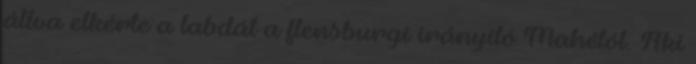
állva elkérte a labdát a flensburgi irányító Mahétól. Aki